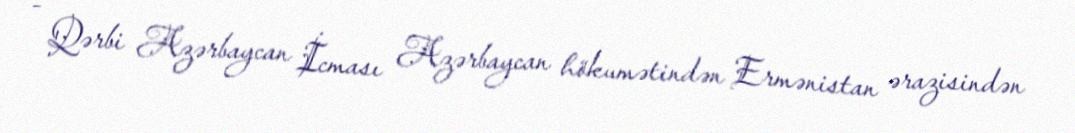
- Qərbi Azərbaycan İcması Azərbaycan hökumətindən Ermənistan ərazisindən